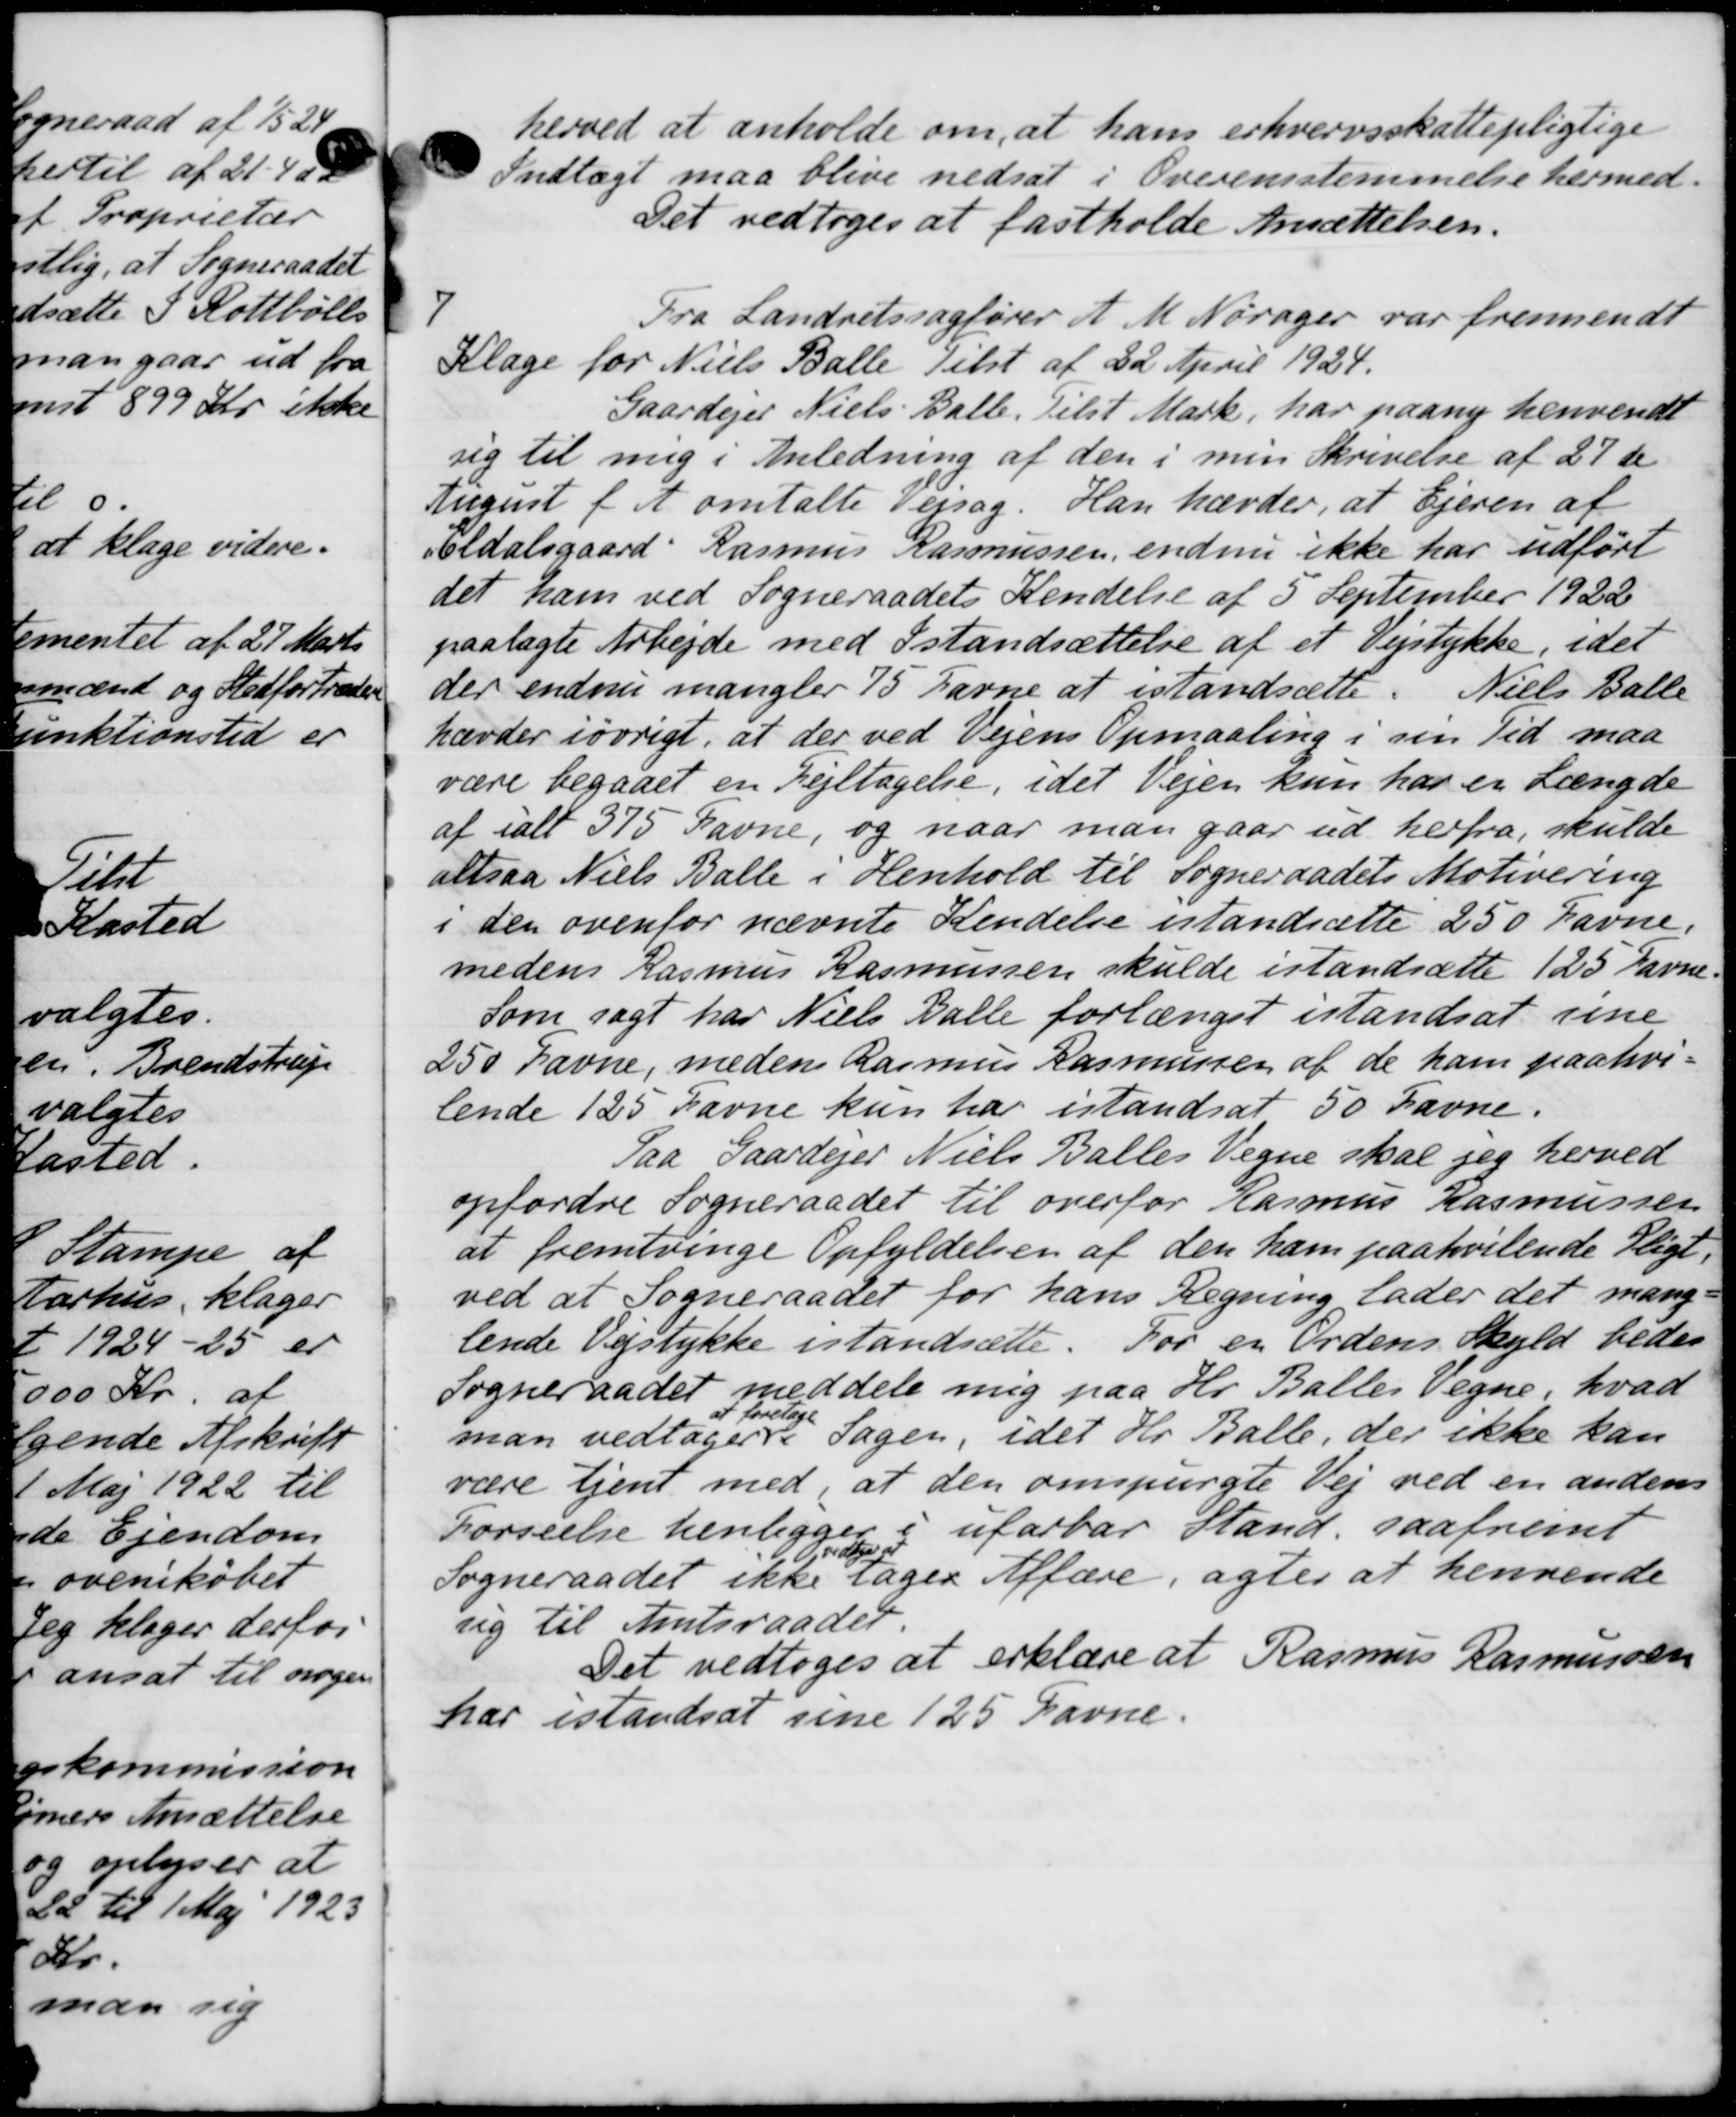
Transskription:
herved at anholde om, at hans erhvervsskattepligtige
Indtægt maa blive nedsat i Overensstemmelse hermed.
Det vedtoges at fastholde Ansættelsen.
7
Fra Landretssagfører A. M. Norager var fremsendt
Klage for Niels Balle Tilst af 22 April 1924.
Gaardejer Niels Balle. Tilst Mark, har paany henvendt
sig til mig i Anledning af den i min Skrivelse af 27 de
August f A omtalte Veisag. Han hævder, at Ejeren af
Eldalsgaard Rasmus Rasmussen, endnu ikke har udført
det ham ved Sogneraadets Kendelse af 5' September 1922
paalagte Arbejde med Istandsættelse af et Vejstykke, idet
der endnu mangler 15 Favne at istandsætte. Niels Balle
hævder iøvrigt, at der ved Vejens Opmaaling i sin Tid maa
være begaaet en Fejltagelse, idet Vejen kun har en Længde
af ialt 375 Ravne, og naar man gaar ud herfra, skulde
altsaa Niels Balle i Henhold til Sogneraadets Motivering
i den ovenfor nævnte Kendelse istandsætte 250 Favne.
medens Rasmus Rasmussen skulde istandsætte 125 Favne
Som sagt har Niels Balle forlænget istands at sine
250 Favne, meden Rasmus Rasmussen af de ham paahvi-
lende 125 Favne kun har istandsat 50 Favne.
Paa Gaardejer Niels Balles Vegne skal jeg herved
opfordre Sogneraadet til overfor Rasmus Rasmussen
at fremtvinge Opfyldelsen af den ham paahvilende Pligt,
ved at Sogneraadet for hans Regning lader det mang
lende Vejstykke istandsætte. For en Ordens Skyld bedes
Sogneraadet meddele mig paa Hr. Balles Vegne, hvad
man vedtagere
at foretage
Sagen, idet Hr. Balle, der ikke kan
være tjent med, at den omspurgte Vej ved en andens
Førselse henligger i ufarbar Stand, saafremt
Sogneraadet ikke
Ovedtoges
sager Affære, agter at henvende
sig til Amtsraadet
Det vedtoges at erklære at Rasmus Rasmussen
har istandsat sine 125 Favne.